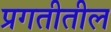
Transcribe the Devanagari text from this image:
प्रगतीतील